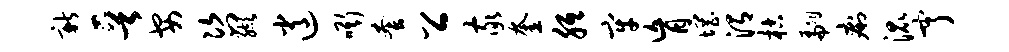
新晋安咨缬逍嘶套公家奎胝牢肓惘渭枯翩痢混亨